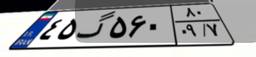
۴۵گ۵۶۰۸۰